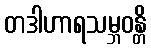
တဒါဟာရသမ္ဘဝန္တိ